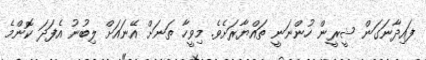
ފައިދާނަގަން ޝީރީން ހުންނަނީ ތައްޔާރަށެވެ. މިވީހާ ތަނަށް އޭނައަށް ލިބުނު އެފަދަ ކޮންމެ